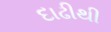
દાઢીથી